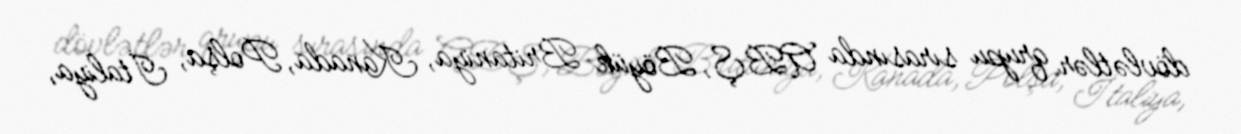
dövlətlər qrupu sırasında ABŞ, Böyük Britaniya, Kanada, Polşa, İtaliya,